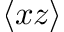
\langle x z \rangle